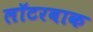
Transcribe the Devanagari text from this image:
लॉटरबाक